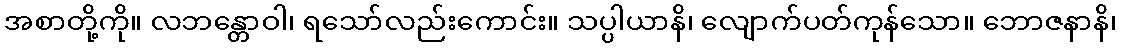
အစာတို့ကို။ လဘန္တောဝါ၊ ရသော်လည်းကောင်း။ သပ္ပါယာနိ၊ လျောက်ပတ်ကုန်သော။ ဘောဇနာနိ၊